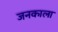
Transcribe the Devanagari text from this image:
जनकाला